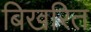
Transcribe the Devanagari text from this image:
बिखरित